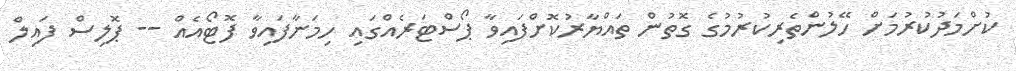
ކުށްމަދުކުރުމަށް ހޭލުންތެރިކުރުމުގެ ގޮތުން ތައްޔާރުކޮށްފައިވާ ޕޯސްޓަރެއްގައި ހިމަނާފައިވާ ފޮޓޯއެއް -- ޕޮލިސް ފައިލް